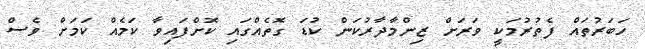
ހަބަރުތައް ފެތުރުމަކީ ވަރަށް ޒިންމާދާރުކަން ކުޑަ ގޮތެއްގައި ކޮށްފައިވާ ކަމެއް ކަމަށް ވެސް